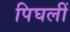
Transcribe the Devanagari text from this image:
पिघलीं